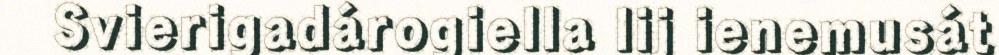
Svierigadárogiella lij ienemusát